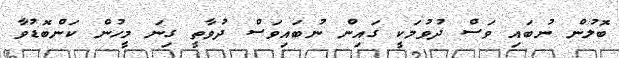
ބޮލުން ނުބައި ވަސް ދުވުމަކީ ގައިން ނުބައިވަސް ދުވާތީ ގިނަ މީހުން ކަންބޮޑުވާ